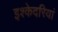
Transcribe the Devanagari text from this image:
इश्केदरियां